Lunatic asylums Madras 1877-1891 - 1877-1891
Year: 1877
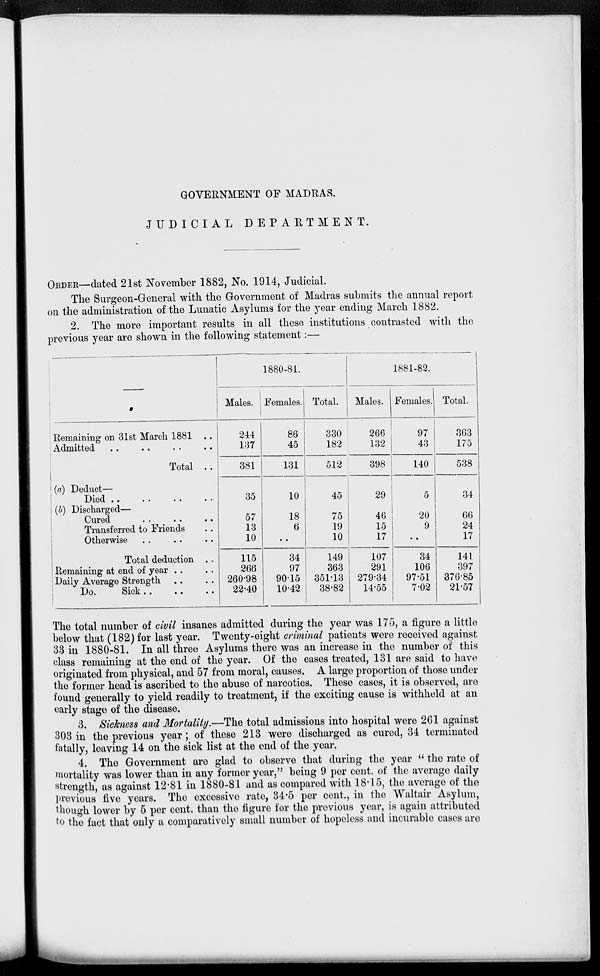
GOVERNMENT OF MADRAS.
JUDICIAL
DEPARTMENT.
ORDER—dated 21st November 1882, No. 1914, Judicial.
The Surgeon-General with the Government of Madras submits the annual report
on the administration of the Lunatic Asylums for the year ending March 1882.
2. The more important results in all these institutions contrasted with the
previous year are shown in the following statement :—
—
Remaining on 31st March 1881 ..
Admitted .. .. .. ..
Total
..
(a) Deduct—
Died
..
..
..
..
(b) Discharged—
Cured .. .. ..
Transferred to Friends ..
Otherwise .. .. ..
Total deduction
..
Remaining at end of year .. ..
Daily Average Strength .. ..
Do.
Sick .. .. ..
1880-81.
Males.
244
137
381
35
57
13
10
115
266
260.98
22.40
Females.
86
45
131
10
18
6
..
34
97
90.15
10.42
Total.
330
182
512
45
75
19
10
149
363
351.13
38.82
1881-82.
Males.
266
132
398
29
46
15
17
107
291
279.34
14.55
Females.
97
43
140
5
20
9
..
34
106
97.51
7.02
Total.
363
175
538
34
66
24
17
141
397
376.85
21.57
The total number of civil insanes admitted during the year was 175, a figure a little
below that (182) for last year. Twenty-eight criminal patients were received against
33 in 1880-81. In all three Asylums there was an increase in the number of this
class remaining at the end of the year. Of the cases treated, 131 are said to have
originated from physical, and 57 from moral, causes. A large proportion of those under
the former head is ascribed to the abuse of narcotics. These cases, it is observed, are
found generally to yield readily to treatment, if the exciting cause is withheld at an
early stage of the disease.
3. Sickness and Mortality.—The total admissions into hospital were 261 against
303 in the previous year; of these 213 were discharged as cured, 34 terminated
fatally, leaving 14 on the sick list at the end of the year.
4. The Government are glad to observe that during the year " the rate of
mortality was lower than in any former year," being 9 per cent. of the average daily
strength, as against 12.81 in 1880-81 and as compared with 18.15, the average of the
previous five years. The excessive rate, 34.5 per cent., in the Waltair Asylum,
though lower by 5 per cent. than the figure for the previous year, is again attributed
to the fact that only a comparatively small number of hopeless and incurable cases are